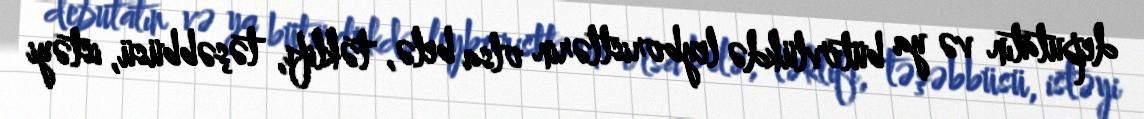
deputatın və ya bütövlükdə leyboristlərin olsa belə, təklifi, təşəbbüsü, istəyi